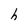
Character: h